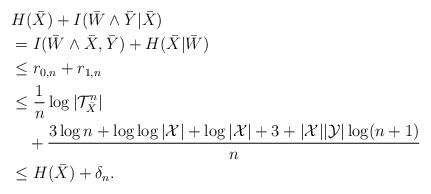
LaTeX: \begin{align*}\lefteqn{ H(\bar{X}) + I(\bar{W} \wedge \bar{Y}|\bar{X}) } \\&= I(\bar{W} \wedge \bar{X},\bar{Y}) + H(\bar{X}|\bar{W}) \\&\le r_{0,n} + r_{1,n} \\&\le \frac{1}{n} \log |{\cal T}_{\bar{X}}^n| \\&~~~+ \frac{3\log n + \log \log |{\cal X}| + \log |{\cal X}| + 3 + |{\cal X}||{\cal Y}| \log (n+1) }{n} \\&\le H(\bar{X}) + \delta_n.\end{align*}